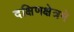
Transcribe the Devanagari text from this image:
दक्षिणक्षेत्रमे